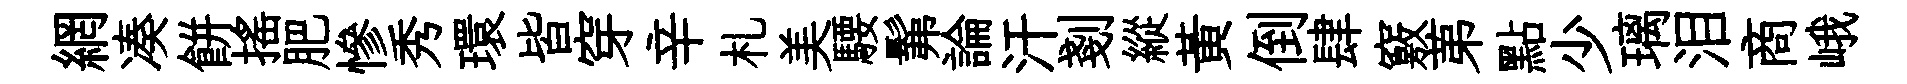
網凑餅揺肥慘秀環皆穿辛札美騕髴論汗剗縱黃倒肆竅苐點少璃泪商峨